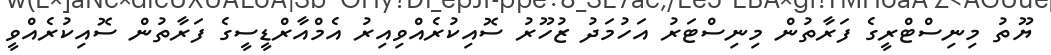
ޔޫތު މިނިސްޓްރީގެ ފަރާތުން މިނިސްޓަރު އަހުމަދު ޒުހޫރު ސޮއިކުރެއްވިއިރު އެމްއާރްޑީސީގެ ފަރާތުން ސޮއިކުރެއްވީ